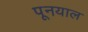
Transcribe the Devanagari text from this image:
पूनयाल